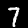
Label: 7